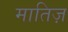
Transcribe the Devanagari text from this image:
मातिज़